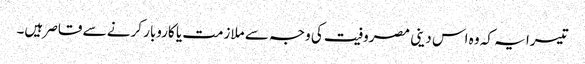
تیسرا یہ کہ وہ اس دینی مصروفیت کی وجہ سے ملازمت یا کاروبار کرنے سے قاصر ہیں۔